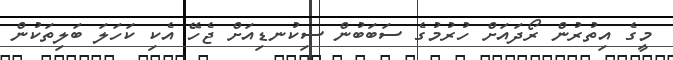
މީގެ އިތުރުން ރޯދައަށް ހުރުމުގެ ސަބަބުން ސިކުނޑިއަށް ޖެހޭ އެކި ކަހަލަ ބަލިތަކުން